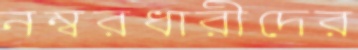
নম্বরধারীদের